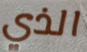
الذي